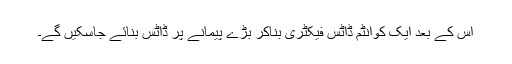
اس کے بعد ایک کوانٹم ڈاٹس فیکٹری بناکر بڑے پیمانے پر ڈاٹس بنائے جاسکیں گے۔